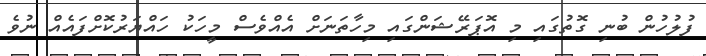
ފުލުހުން ބުނި ގޮތުގައި މި އޮޕަރޭޝަންގައި މިހާތަނަށް އެއްވެސް މީހަކު ހައްޔަރުކޮށްފައެއް ނުވެ